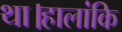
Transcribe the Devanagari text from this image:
था।हालांकि